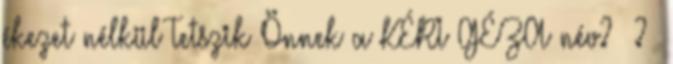
ékezet nélkül Tetszik Önnek a KÉRI GÉZA név? ?